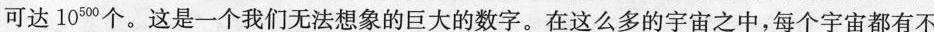
可达10500个。这是一个我们无法想象的巨大的数字。在这么多的宇宙之中，每个宇宙都有不